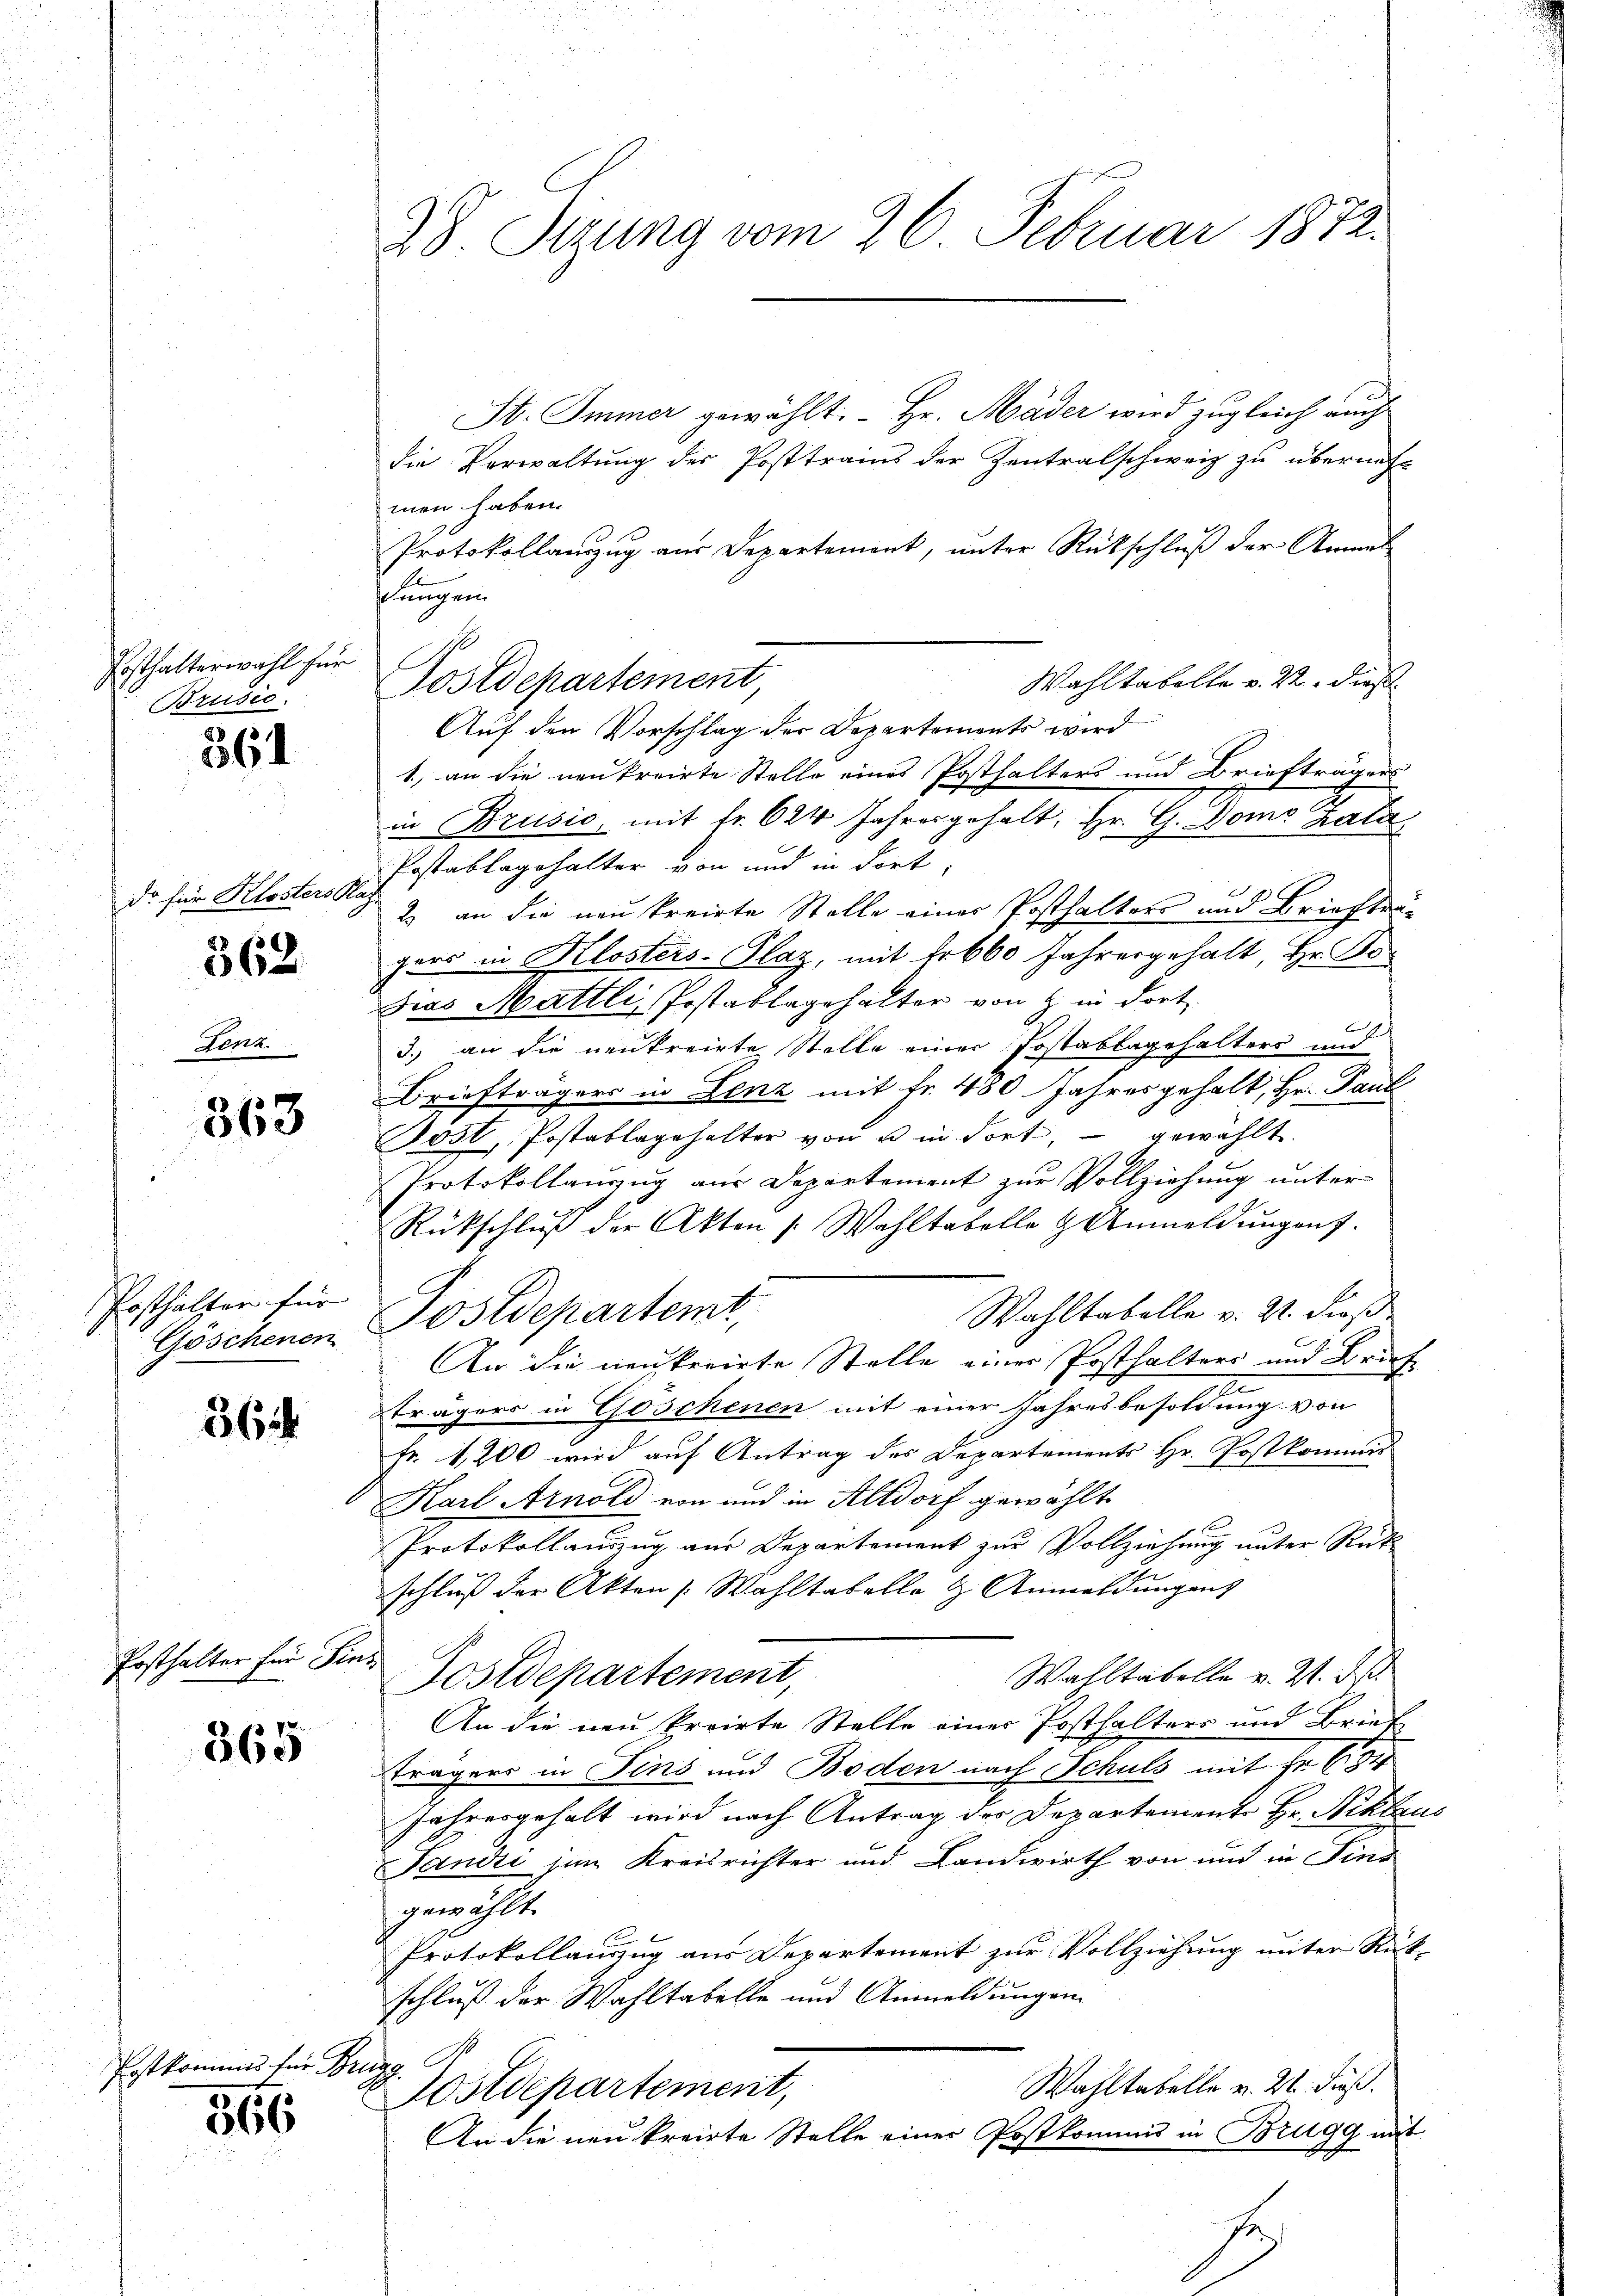
Fosthalterwahl für
Brusio.

361

Da für Klosters Plaz

362

Terra

363

Posthalter für
Göschenen

364

Posthalter für Fins

365

366

Erstkommes für Brugg S

28. Sizung vom 26. Februar 1872.

St. Immer gewählt. - Hr. Mäder wird zugleich auch
die Verwaltung der Posttrains der Zentralschweiz zu übernehm
men haben.
Protokollanzug aus Departement, unter Rückschluß der Anmel
slungen.
Wahltabelle v. 22. dieß
Postdepartement
Auf den Vorschlag der Departements wird
1, an die neukreirte Stelle eines Posthalters und Briefträgers
in Brusić, mit Fr. 624 Jahresgehalt, Hr. G. Doms Kata
Postablagehalter von und in dort,
2. an die neu kreiste Stelle einer Posthalters und Briefträgers in Klosters-Plaz, mit Fr. 660 Jahrergehalt, Hr. Bo¬
Das Mattli, Postablagehalter von & in dort
1
3.) an die neukreirte Stelle einer Postablagehalters und
Briefträgers in Lenz mit Fr. 480 Jahres gehalt, Hr. Paul
Jost, Postablagehalter von u in dort, – gewählt.
Protokollanzug aus Departement zur Vollziehung unter
Rückschluß der Akten /: Wahltabelle & Anmeldungen.
Wahltabelle v. 2. dieß
Postdepartemt,
An die neukerirte Stelle einer Posthalters und Bruch
e
trägers in Goschenen mit einer Jahresbesoldung von
Fr. 1200 wird aŭf Antrag des Departements Hr. Postkommi
Karl Arnold von und in Altdorf gewählte
Protokollauszug aus Departement zur Vollziehung unter Rüt
schluß der Akten Wahltabelle & Anmeldungen
Wahltabelle u. 2. d.
Postdepartement,
An die neu proirte Stelle einer Posthalters und Brief
trägers in Sins und Boden nach Schuls mit Fr. 684
Jahresgehalt wird nach Antrag der Departemente Hr. Niklaus
Tandi zum Kreisrichter und Landwirth von und in Fina
gewählt.
f x
Protokollanug aus Departement zur Vollziehung unter Rückschluß der Wahltabelle und Anmeldungen
Wahltabelle v. 21. dieß.
Sostdepartement,
An die neu kreirte Stelle einer Postkommis in Brugg mit
2